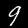
Label: 9